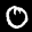
Label: 0